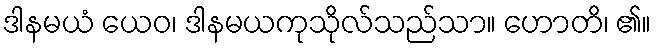
ဒါနမယံ ယေဝ၊ ဒါနမယကုသိုလ်သည်သာ။ ဟောတိ၊ ၏။